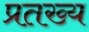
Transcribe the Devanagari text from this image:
प्रतख्य